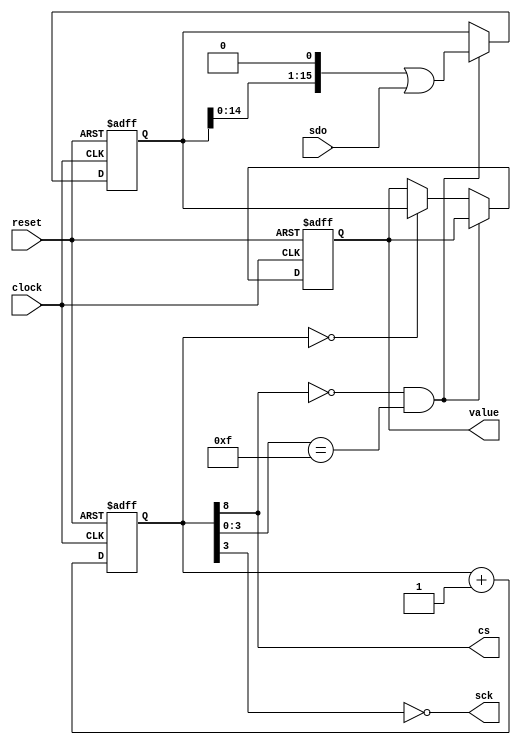
module pmod_als_spi_receiver
(
    input             clock,
    input             reset,
    output            cs,
    output            sck,
    input             sdo,
    output reg [15:0] value
);

    reg [21:0] cnt;
    reg [15:0] shift;

    always @ (posedge clock or posedge reset)
    begin       
        if (reset)
            cnt <= 22'b100;
        else
            cnt <= cnt + 22'b1;
    end

    assign sck = ~ cnt [3];
    assign cs  =   cnt [8];

    wire sample_bit = ( cs == 1'b0 && cnt [3:0] == 4'b1111 );
    wire value_done = ( cnt [21:0] == 22'b0 );

    always @ (posedge clock or posedge reset)
    begin       
        if (reset)
        begin       
            shift <= 16'h0000;
            value <= 16'h0000;
        end
        else if (sample_bit)
        begin       
            shift <= (shift << 1) | sdo;
        end
        else if (value_done)
        begin       
            value <= shift;
        end
    end

endmodule